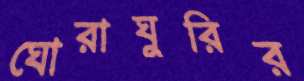
ঘোরাঘুরির